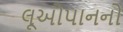
લૂઓપાનનો